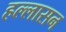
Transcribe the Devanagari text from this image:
हल्लासन